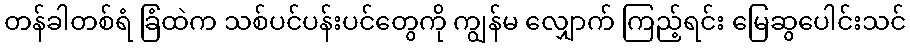
တန်ခါတစ်ရံ ခြံထဲက သစ်ပင်ပန်းပင်တွေကို ကျွန်မ လျှောက် ကြည့်ရင်း မြေဆွပေါင်းသင်